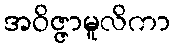
အဝိဇ္ဇာမူလိကာ